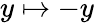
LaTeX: y\mapsto-y